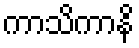
ကာသိကာနိ